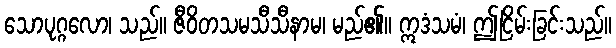
သောပုဂ္ဂလော၊ သည်။ ဇီဝိတသမသီသီနာမ၊ မည်၏။ ဣဒံသမံ၊ ဤငြိမ်းခြင်းသည်။